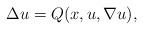
LaTeX: \begin{align*}\Delta u = Q(x,u,\nabla u),\end{align*}